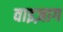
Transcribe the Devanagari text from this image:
वाइज़ाग